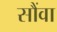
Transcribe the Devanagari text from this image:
सौंवा